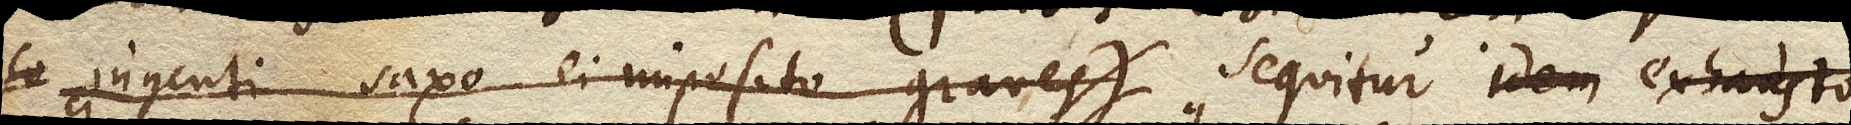
ingenti saxo ei imposito graves) pondere aliquo appenso tendas). Sequitur idem exhausto